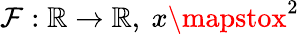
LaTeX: \mathcal{F}:\mathbb{{R}}\to\mathbb{{R}},\ x\mapstox^{2}